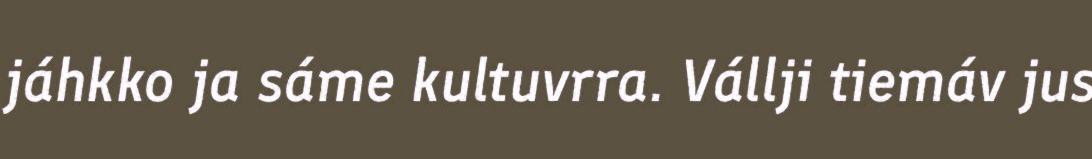
jáhkko ja sáme kultuvrra. Vállji tiemáv jus